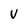
Character: V